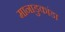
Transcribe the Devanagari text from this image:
मानाडुकांडा